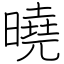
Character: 曉